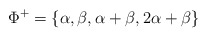
\begin{align*}\Phi^+=\{\alpha, \beta, \alpha+\beta, 2\alpha+\beta\}\end{align*}